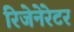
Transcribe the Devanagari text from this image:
रिजेनेरेटर